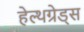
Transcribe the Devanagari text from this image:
हेल्थग्रेड्स